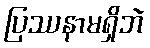
ပြဿနာမရှိဘဲ